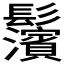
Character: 𩰄